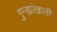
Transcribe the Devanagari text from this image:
गुन्ह्यांखाली